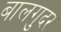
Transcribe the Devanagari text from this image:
बालगुदर